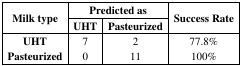
<table><thead><tr><td rowspan="3"><b>Milk type</b></td><td colspan="2"><b>Predicted as</b></td><td rowspan="3"><b>Success Rate</b></td></tr><tr><td><b>UHT</b></td><td><b>Pasteurized</b></td></tr></thead><tbody><tr><td><b>UHT</b></td><td>7</td><td>2</td><td>77.8%</td></tr><tr><td><b>Pasteurized</b></td><td>0</td><td>11</td><td>100%</td></tr></tbody></table>